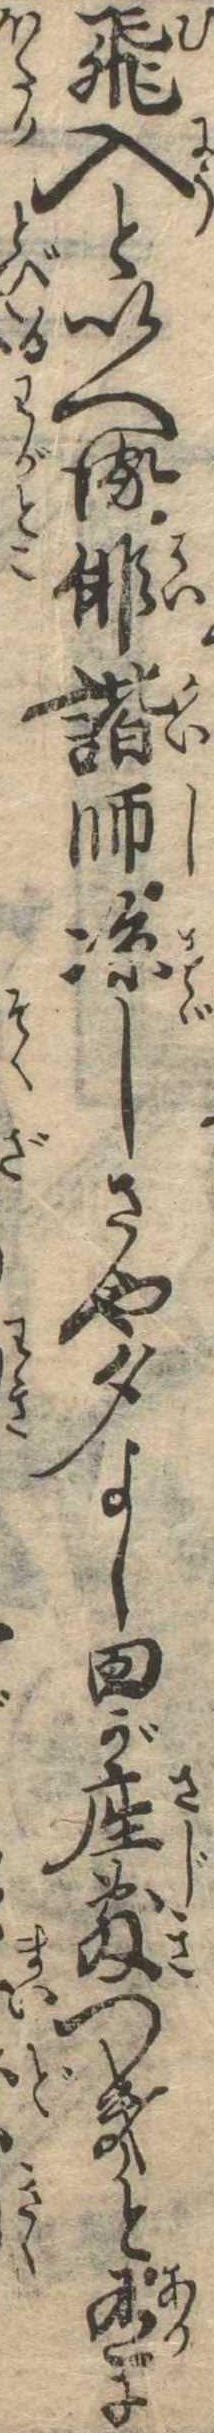
飛入といへる俳諧師涼しさや夕よし田が座敷つきと有に